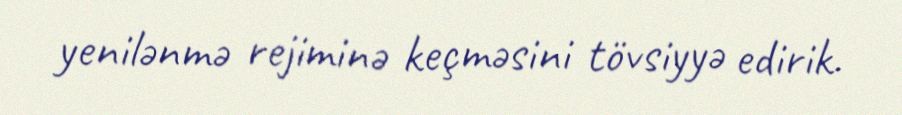
yenilənmə rejiminə keçməsini tövsiyyə edirik.